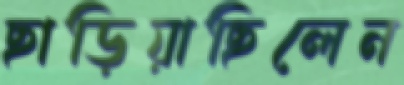
ছাড়িয়াছিলেন